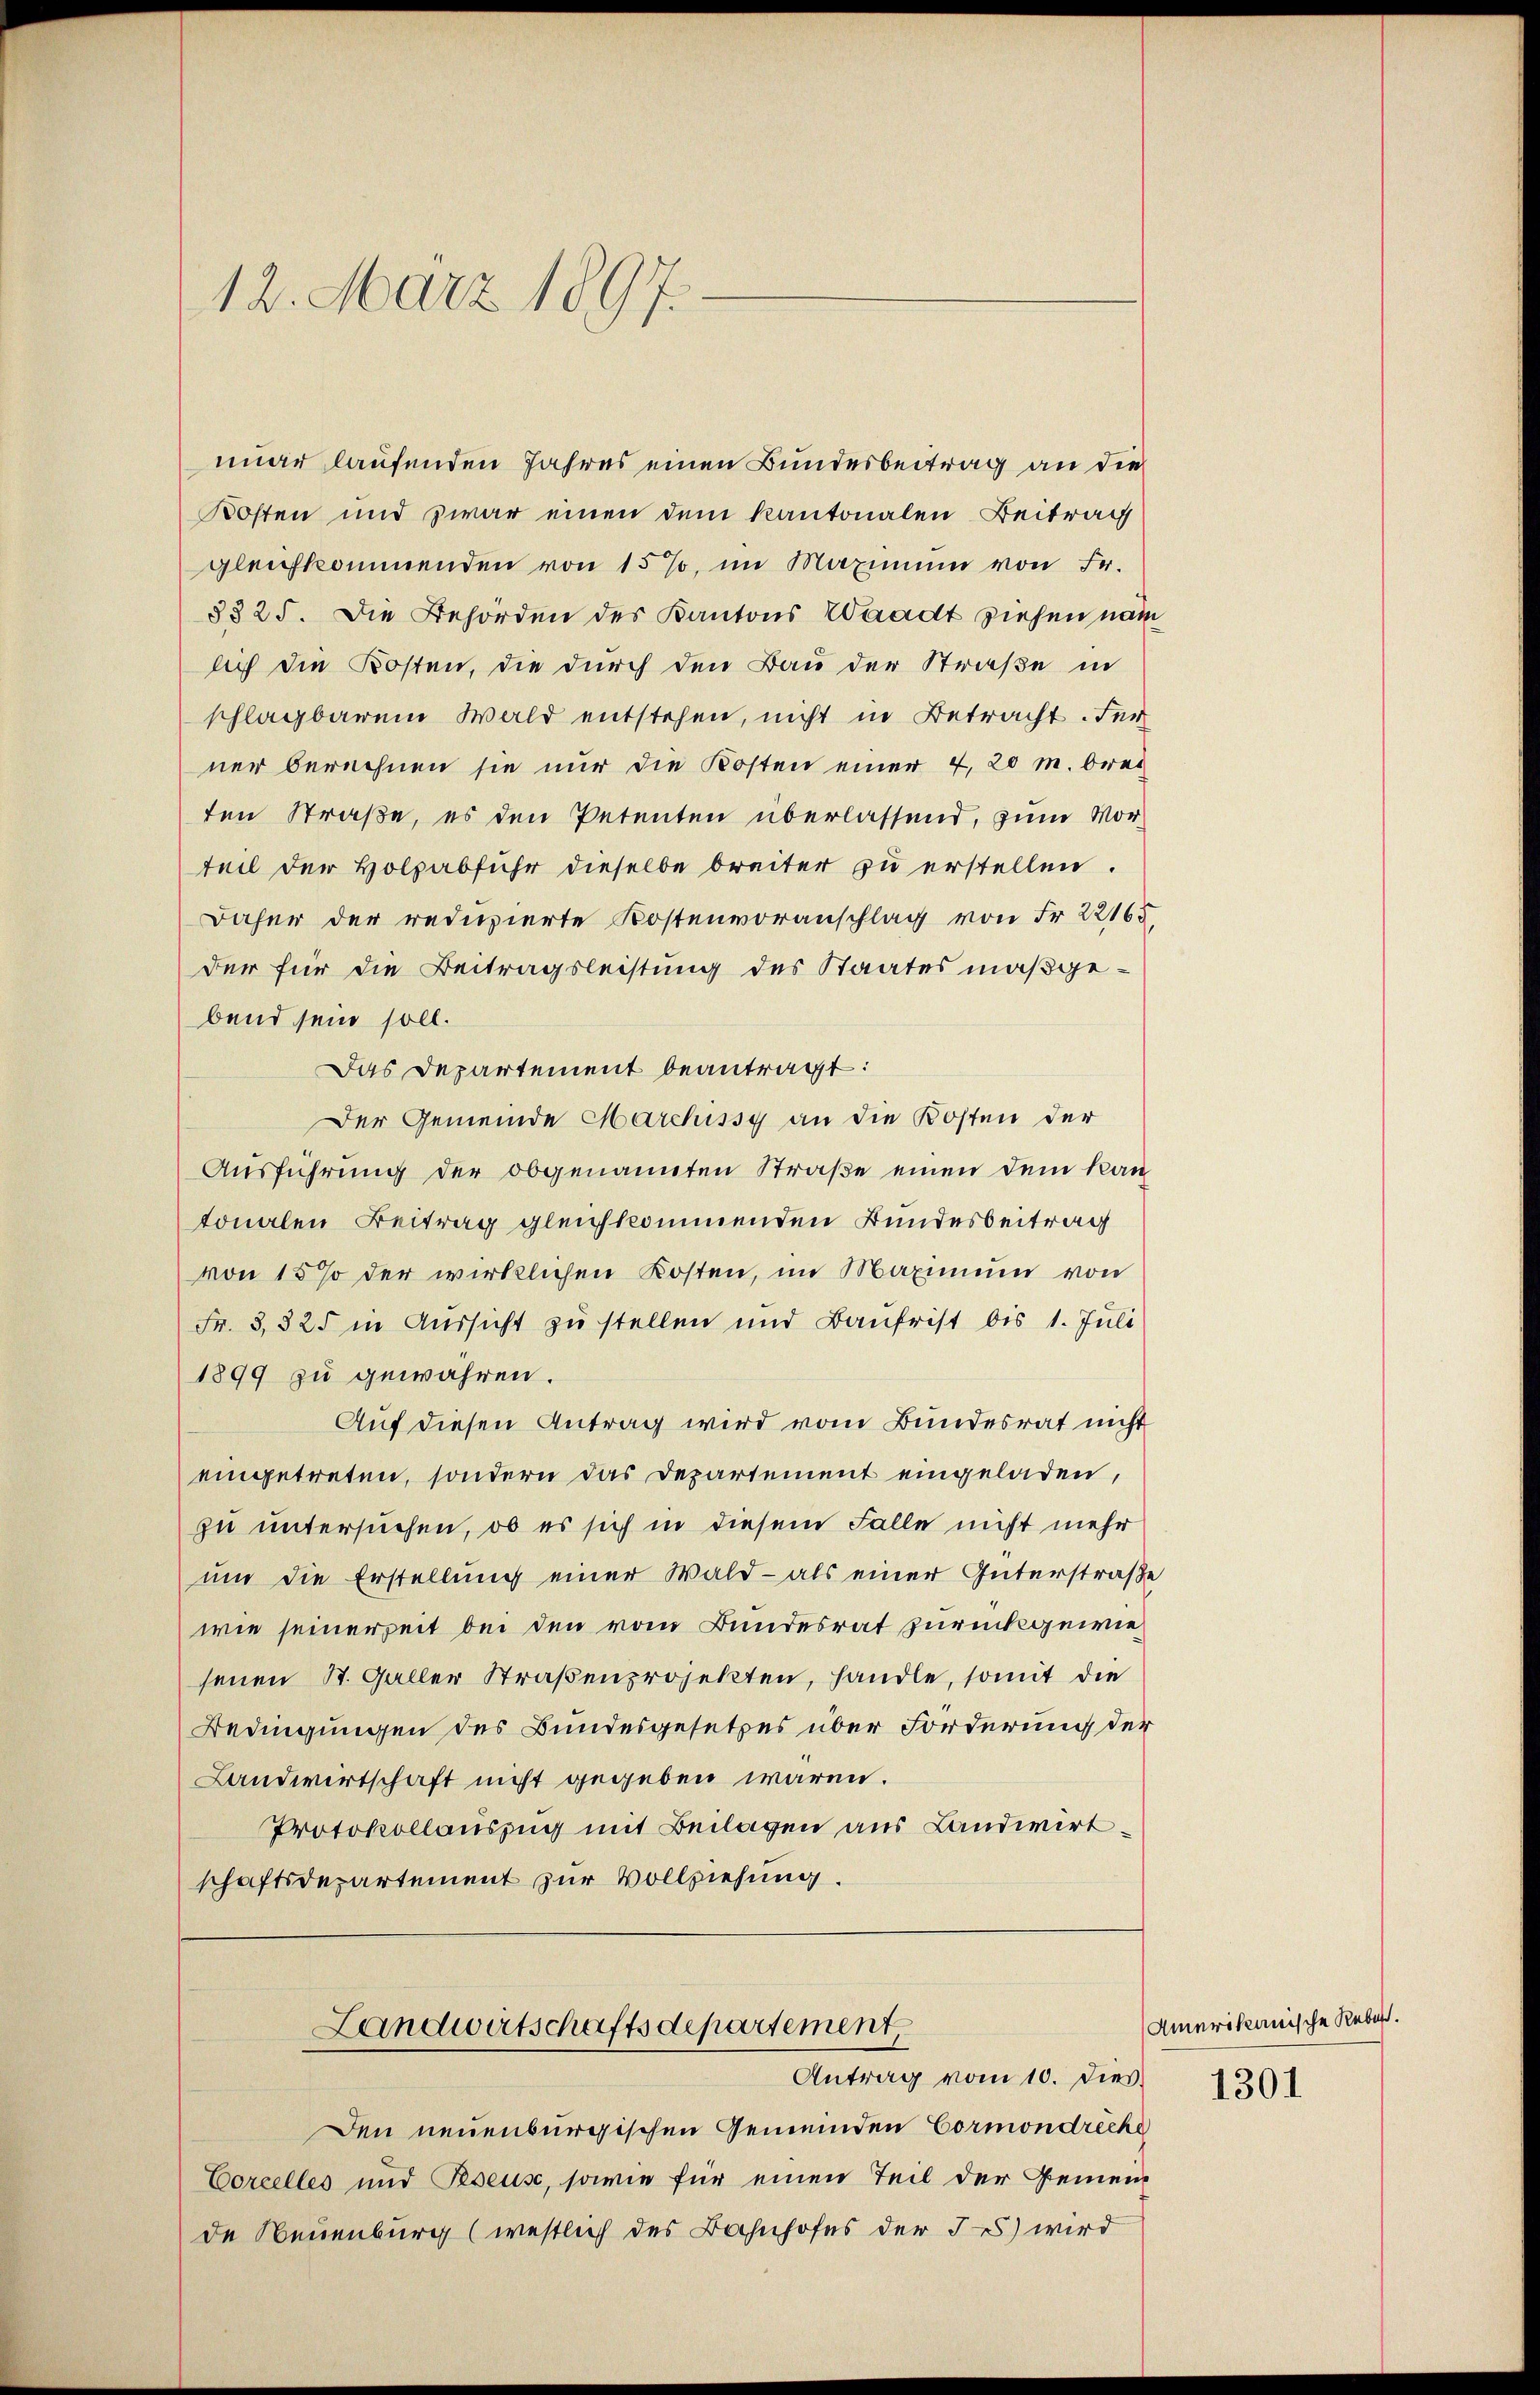
12. März 1897.

nuar laufenden Jahres einen Bundesbeitrag an die
Kosten und zwar einen dem Kantonalen Beitrag
gleichkommenden von 15 %, im Maximum von Fr.
3325. Die Behörden des Kantons Waadt ziehen nam
aich die Kosten, die durch den Bau der Straße in
schlagbarem Wald entstehen, nicht in Betracht. Fer
ner berechnen sie nur die Kosten einer 4, 20 m. brei
ten Straße, es den Petenten überlassend, zum Vorteil der Holzabfuhr dieselbe breiter zu erstellen.
Daher der reduzierte Kostenvoranschlag von Fr. 22165.
der für die Beitragsleistung des Staates maßgebend sein soll.
Das Departement beantragt:
Der Gemeinde Marchissy an die Kosten der
Ausführung der obgenannten Straße einen dem kan
tonalen Beitrag gleichkommenden Bundesbeitrag
von 15% der wirklichen Kosten, im Maximum von
Fr. 3,825 in Aussicht zu stellen und Baufrist bis 1. Juli
1899 zu gewähren.
Auf diesen Antrag wird vom Bundesrat nicht
eingetreten, sondern das Departement eingeladen,
zu untersuchen, ob es sich in diesem Falle nicht mehr
um die Erstellung einer Wald - als einer Güterstraße
wie seinerzeit bei den vom Bundesrat zurückgewiesenen St. Galler Straßenprojekten, handle, somit die
Bedingungen des Bundesgesetzes über Forderung der
Landwirtschaft nicht gegeben wären.
Protokollauszug mit Beilagen aus Landwirtschaftsdepartement zur Vollziehung.

Landwirtschaftsdepartement,
Antrag vom 10. dies

Den neuenburgischen Gemeinden Cormondreche
Corcelles und Peseuse, sowie für einen Teil der Gemein
de Neuenburg (westlich des Bahnhofes der 3) wird

Amerikanische Rebast.

1301